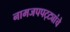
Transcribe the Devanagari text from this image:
नामजपपट्ट्यांचे